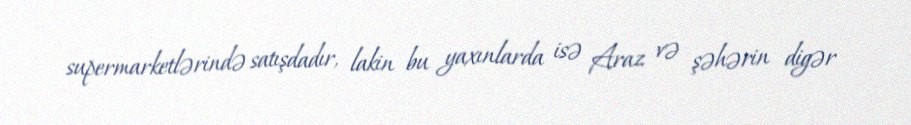
supermarketlərində satışdadır, lakin bu yaxınlarda isə Araz və şəhərin digər